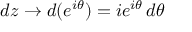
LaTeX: d z \to d ( e ^ { i \theta } ) = i e ^ { i \theta } \, d \theta